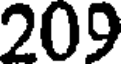
209